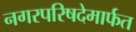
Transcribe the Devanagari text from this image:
नगरपरिषदेमार्फत